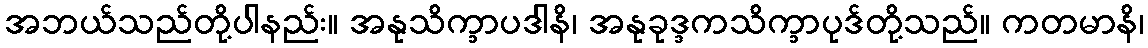
အဘယ်သည်တို့ပါနည်း။ အနုသိက္ခာပဒါနိ၊ အနုခုဒ္ဒကသိက္ခာပုဒ်တို့သည်။ ကတမာနိ၊